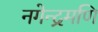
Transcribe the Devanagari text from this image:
नगेन्द्रमणि